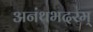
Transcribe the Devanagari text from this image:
अनंथभदरम्